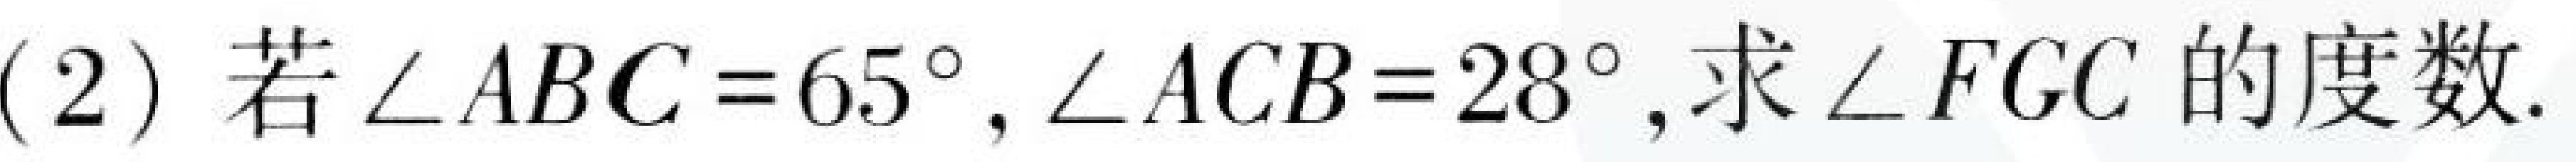
(2)若\(\angle ABC = 65^{\circ},\angle ACB = 28^{\circ}\),求\(\angle FGC\)的度数.